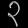
Digit: ၃